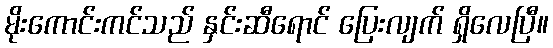
မိုးကောင်းကင်သည် နှင်းဆီရောင် ပြေးလျက် ရှိလေပြီ။